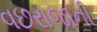
વછરાજાની